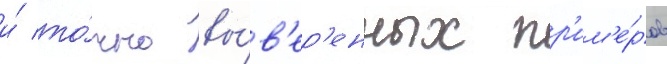
и́ то́чно вы́в'ер'енных пр'им'е́ров